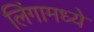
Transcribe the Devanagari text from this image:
लिंगामध्ये